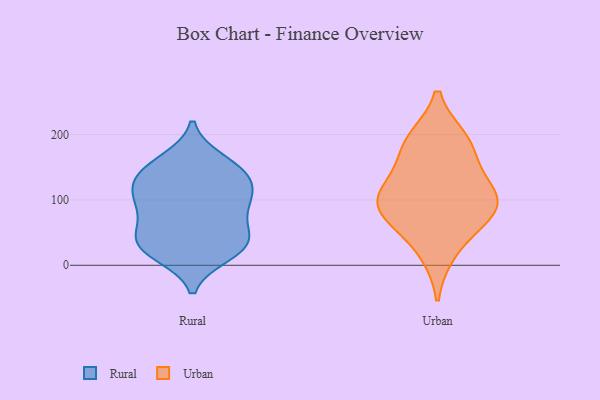
{"axis": {"x": "Website Visitors", "y": "Value"}, "legend": ["Rural", "Urban"], "data": [{"x": "", "y": 39, "type": "Rural"}, {"x": "", "y": 96, "type": "Rural"}, {"x": "", "y": 75, "type": "Rural"}, {"x": "", "y": 102, "type": "Rural"}, {"x": "", "y": 145, "type": "Rural"}, {"x": "", "y": 38, "type": "Rural"}, {"x": "", "y": 29, "type": "Rural"}, {"x": "", "y": 160, "type": "Rural"}, {"x": "", "y": 24, "type": "Rural"}, {"x": "", "y": 43, "type": "Rural"}, {"x": "", "y": 135, "type": "Rural"}, {"x": "", "y": 150, "type": "Rural"}, {"x": "", "y": 17, "type": "Rural"}, {"x": "", "y": 86, "type": "Rural"}, {"x": "", "y": 118, "type": "Rural"}, {"x": "", "y": 121, "type": "Rural"}, {"x": "", "y": 113, "type": "Urban"}, {"x": "", "y": 190, "type": "Urban"}, {"x": "", "y": 192, "type": "Urban"}, {"x": "", "y": 74, "type": "Urban"}, {"x": "", "y": 72, "type": "Urban"}, {"x": "", "y": 20, "type": "Urban"}, {"x": "", "y": 164, "type": "Urban"}, {"x": "", "y": 107, "type": "Urban"}, {"x": "", "y": 113, "type": "Urban"}, {"x": "", "y": 86, "type": "Urban"}]}